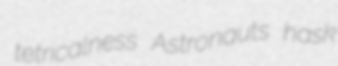
tetricalness Astronauts hask